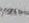
أنذار